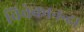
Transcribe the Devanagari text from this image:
विवेकानन्द।